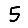
Digit: 5